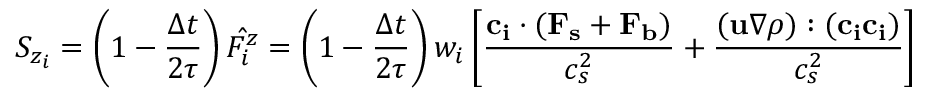
S _ { z _ { i } } = \left( 1 - \frac { \Delta t } { 2 \tau } \right) \hat { F _ { i } ^ { z } } = \left( 1 - \frac { \Delta t } { 2 \tau } \right) w _ { i } \left[ \frac { \mathbf { c _ { i } } \cdot ( \mathbf { F _ { s } } + \mathbf { F _ { b } } ) } { c _ { s } ^ { 2 } } + \frac { ( \mathbf { u } \nabla \rho ) : ( \mathbf { c _ { i } } \mathbf { c _ { i } } ) } { c _ { s } ^ { 2 } } \right]